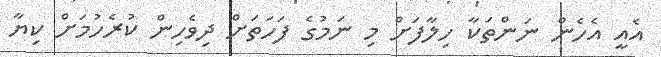
އެއީ އެހެން ނަންތަކާ ހިލާފަށް މި ނަމުގެ ފަހަތަށް ދިވެހިން ކުރެހުމަށް ކިޔާ